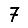
Digit: 7